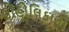
હોહોલિકાનો